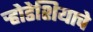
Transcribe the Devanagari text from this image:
र्‍होडेशियाचे